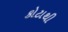
કોટાથી